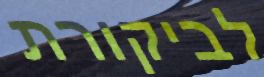
לביקורת